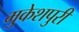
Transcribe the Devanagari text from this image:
मुकेशपुरी